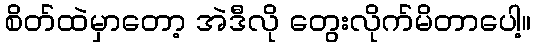
စိတ်ထဲမှာတော့ အဲဒီလို တွေးလိုက်မိတာပေါ့။